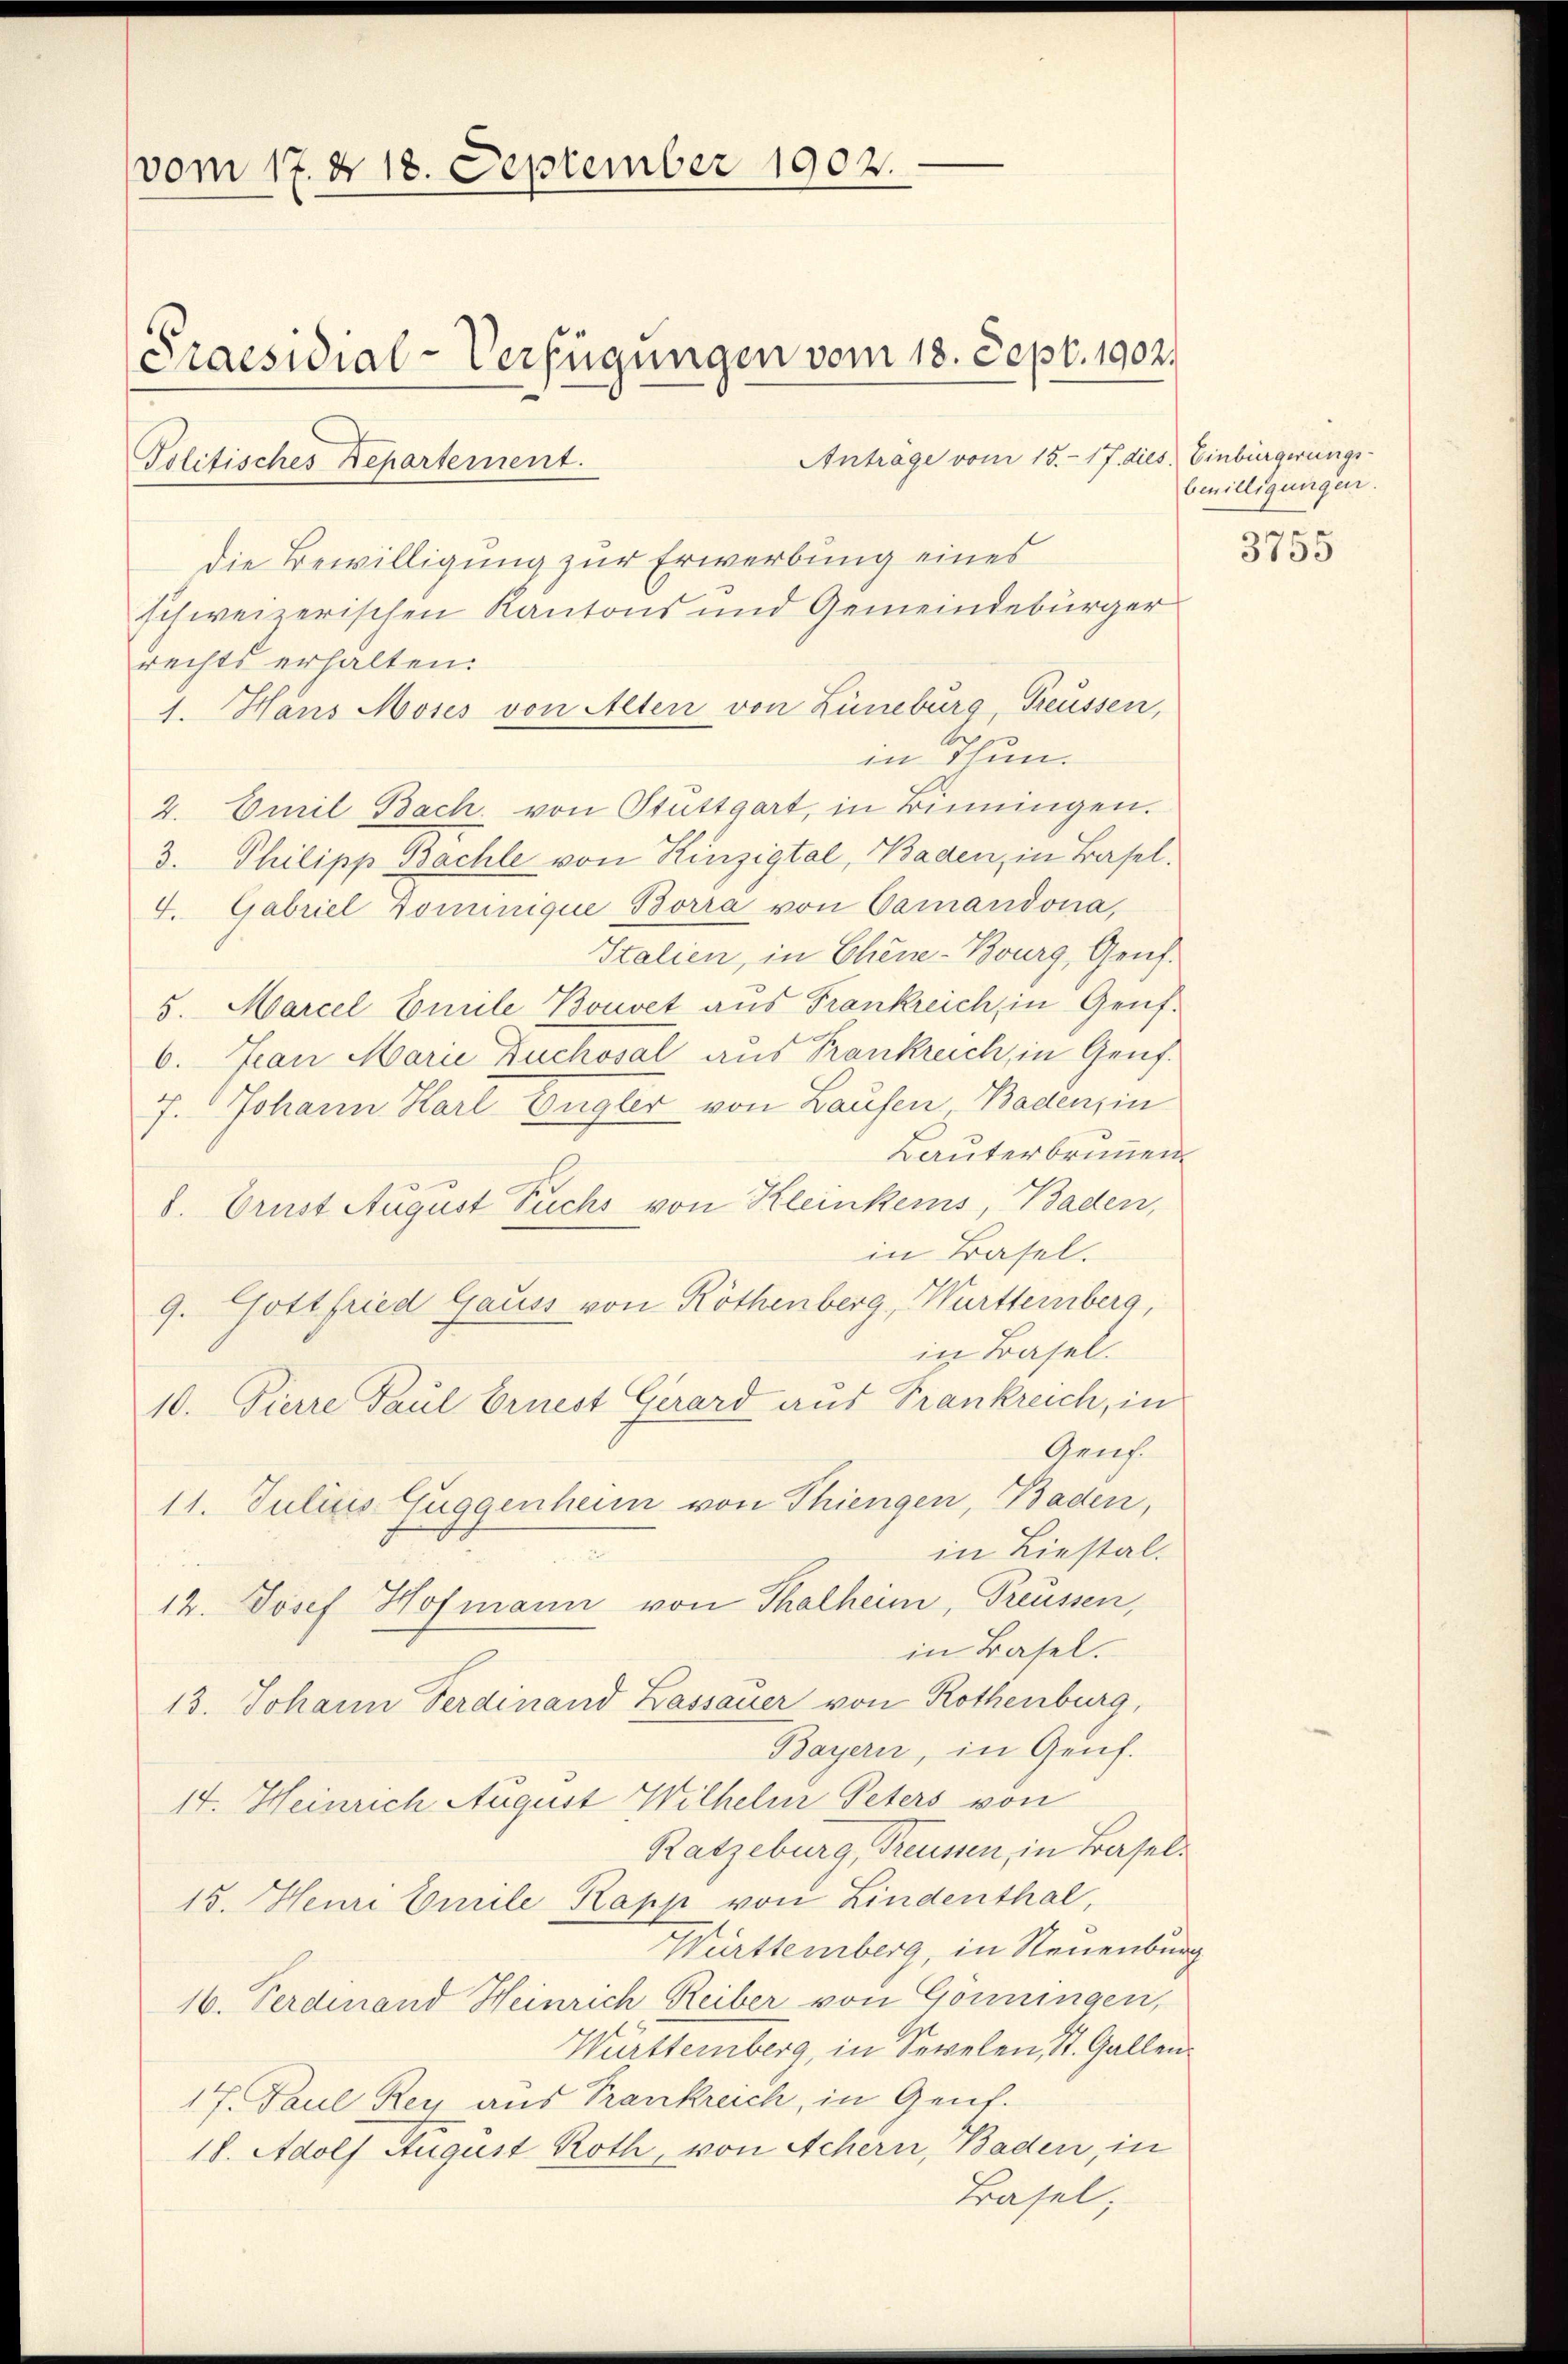
e
vom 17. d. 18. September 1902.
Praesidial-Verfügungen vom 18. Sept. 1902.

Politisches Departement.

Antrage vom 15. 17. dies, Einbürgerungs-
die Bewilligung zur Erwerbung eines
schweizerischen Kantons und Gemeindebürger
rechts erhalten.
1. Hans Moses von Alten von Lüneburg, Treussen,
in Thun.
2. Emil Bach von Stuttgart, in Binningen.
3. Philipp Bachle von Hinzigtal, Baden, in Basel.
4. Gabriel Dominique Borra von Camandona,
Italien, in Chene-Bourg, Genf.
5. Marcel Emile Bouvet aus Frankreich, in Genf.
6. Jan Marie Duchosal aus Frankreich, in Genf.
7. Johann Harl Engler von Laufen, Baden, in
Bauterbrunnen.
8. Ernst August Fuchs von Kleinkens, Baden,
in Basel.
9. Gottfried Gauss von Röthenberg, Württeinberg,
in Basel.
10. Pierre Paul Ernest Gerard aus Frankreich, in
Anh.
11. Julius Guggenheim von Thiengen, Baden,
in Liestal.
s
12. Josef Hofmann von Thalheim, Preussen,
in Basel.
13. Johann Ferdinand Lassauer von Rothenburg,
Bayern, in Genf.
14. Heinrich August Wilhelm Peters von
Ratzeburg, Treussen, in Basel¬
15. Henri Emile Kapp von Lindenthal,
Württemberg, in Neuenburg
16. Ferdinand Heinrich Reiber von Gönningen,
Württemberg, in Sevelen, St. Gallen
17. Paul Rey aus Trankreich, in Genf.
18. Adolf August Roth, von Achern, Baden, in
Basel,

bewilligungen.

3755